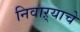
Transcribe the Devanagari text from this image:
निवाऱ्याचे